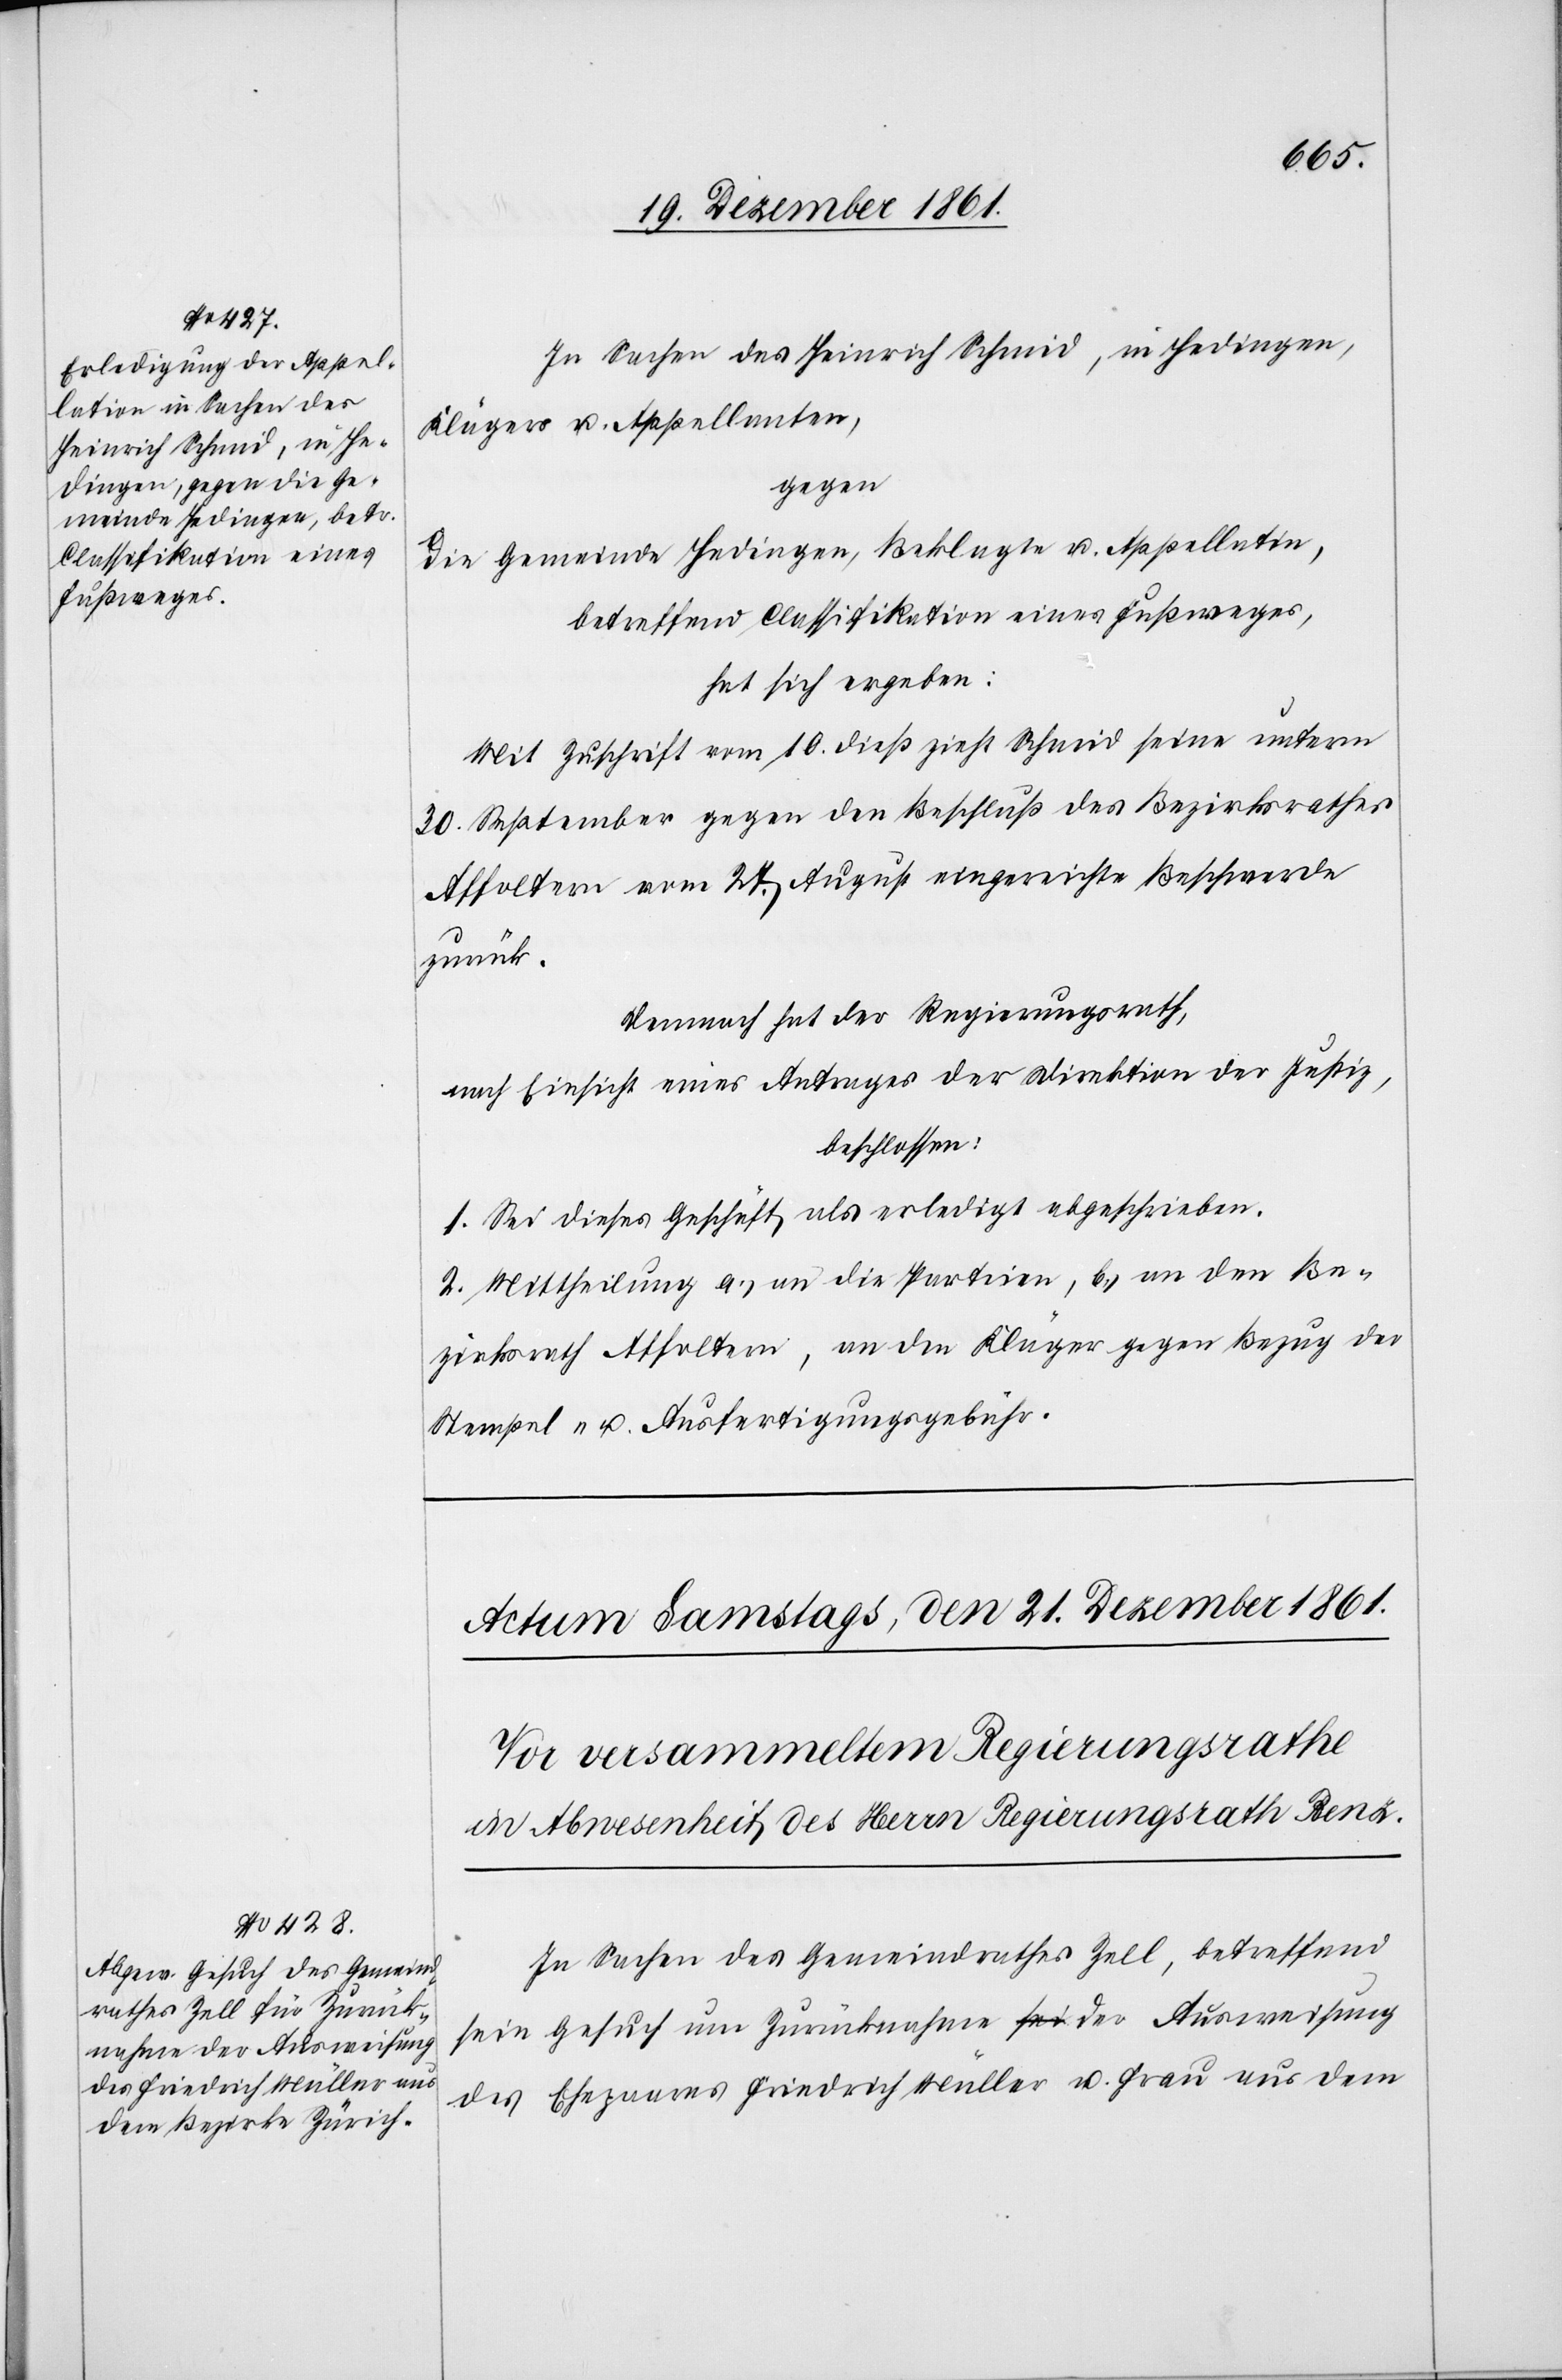
In Sachen des Heinrich Schmid, in Hedingen,
Klägers u. Appellanten,
gegen
die Gemeinde Hedingen, Beklagte u. Appellantin,
betreffend Classifikation eines Fußweges,
hat sich ergeben:
Mit Zuschrift vom 10 dieß zieht Schmid seine unterm
30 September gegen den Beschluß des Bezirksrathes
Affoltern vom 27 August eingereichte Beschwerde
zurück.
Demnach hat der Regierungsrath,
nach Einsicht eines Antrages der Direktion der Justiz,
beschlossen:
1. Sei dieses Geschäft als erledigt abgeschrieben.
2. Mittheilung a.) an die Parteien, b.) an den Be¬
zirksrath Affoltern, an die Kläger gegen Bezug der
Stempel- u. Ausfertigungsgebühr.
In Sachen des Gemeindrathes Zell, betreffend
sein Gesuch um Zurücknahme der Ausweisung
des Ehepaares Friedrich Müller u. Frau aus dem